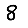
Digit: 8